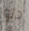
دلو